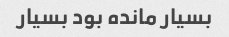
بسیار مانده بود بسیار